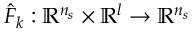
\hat { F } _ { k } : \mathbb { R } ^ { n _ { s } } \times \mathbb { R } ^ { l } \rightarrow \mathbb { R } ^ { n _ { s } }